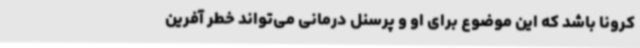
کرونا باشد که این موضوع برای او و پرسنل درمانی می‌تواند خطر آفرین